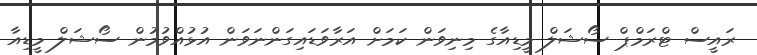
ރައީސް ޓްރަމްޕް ސޯޝަލް މީޑިއާގެ މިނިވަން ކަމަށް އަރާވަޑައިގަންނަވަން އުޅުއްވުމުން ސޯޝަލް މީޑިއާ